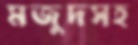
মজুদসহ